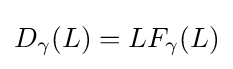
D_{\gamma }(L)=LF_{\gamma }(L)